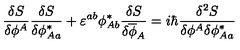
\frac { \delta S } { \delta \phi ^ { A } } \frac { \delta S } { \delta \phi _ { A a } ^ { \ast } } + \varepsilon ^ { a b } \phi _ { A b } ^ { \ast } \frac { \delta S } { \delta \overline { { \phi } } _ { A } } = i \hbar \frac { \delta ^ { 2 } S } { \delta \phi ^ { A } \delta \phi _ { A a } ^ { \ast } }